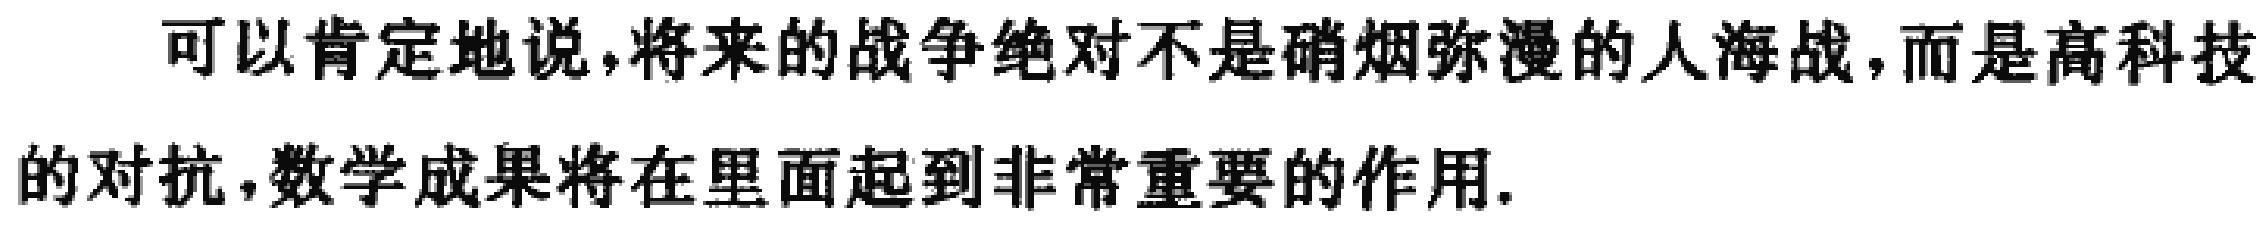
可以肯定地说,将来的战争绝对不是硝烟弥漫的人海战,而是高科技的对抗,数学成果将在里面起到非常重要的作用.